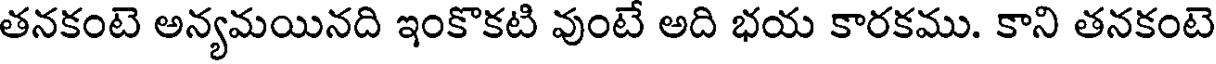
తనకంటె అన్యమయినది ఇంకొకటి వుంటే అది భయ కారకము. కాని తనకంటె